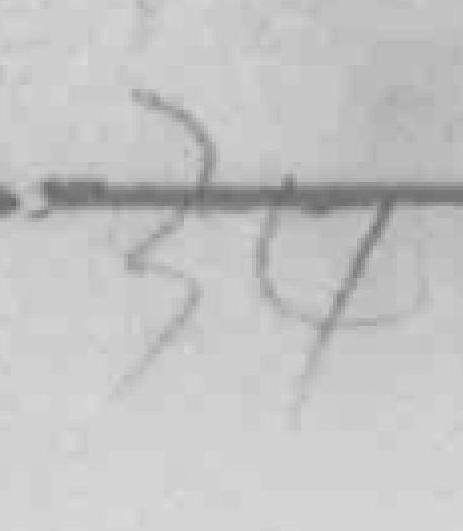
34